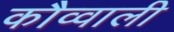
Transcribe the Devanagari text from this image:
कौव्वाली